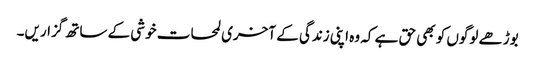
بوڑھے لوگوں کو بھی حق ہے کہ وہ اپنی زندگی کے آخری لمحات خوشی کے ساتھ گزاریں۔